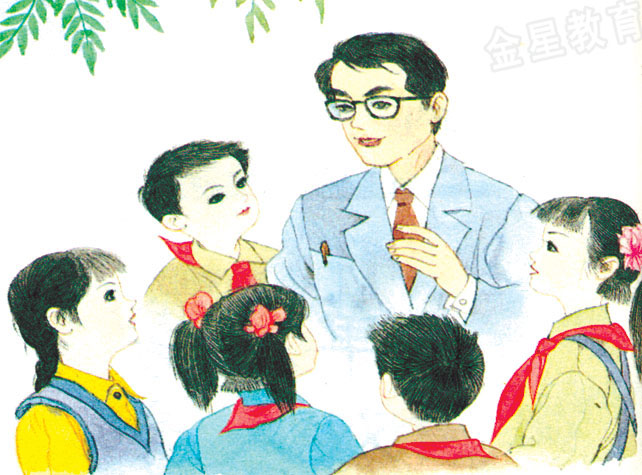
教亦多术矣，予不屑之教诲也者，是亦教诲之而已矣。